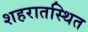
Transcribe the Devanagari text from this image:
शहरातस्थित